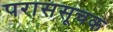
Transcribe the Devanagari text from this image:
पराससूचक